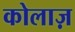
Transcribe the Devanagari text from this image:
कोलाज़